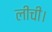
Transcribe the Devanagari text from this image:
लीची।